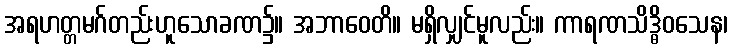
အရဟတ္တမဂ်တည်းဟူသောခဏ၌။ အဘာဝေတိ။ မရှိလျှင်မူလည်း။ ကာရဏသိဒ္ဓိဝသေန၊